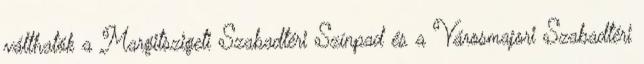
válthatók a Margitszigeti Szabadtéri Színpad és a Városmajori Szabadtéri